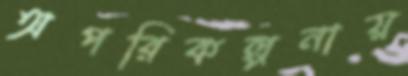
অপরিকল্পনায়